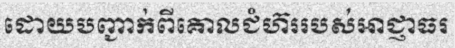
ដោយបញ្ជាក់ពីគោលជំហ៊ររបស់អាជ្ញាធរ